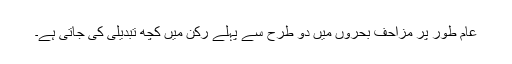
عام طور پر مزاحف بحروں میں دو طرح سے پہلے رکن میں کچھ تبدیلی کی جاتی ہے۔